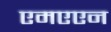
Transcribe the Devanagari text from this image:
एमएएन